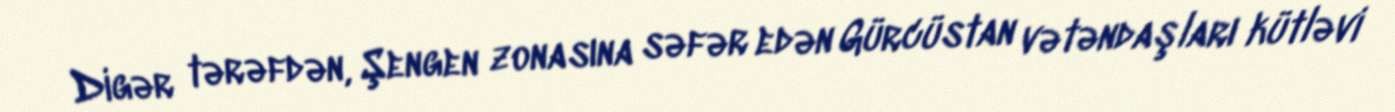
Digər tərəfdən, Şengen zonasına səfər edən Gürcüstan vətəndaşları kütləvi